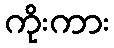
ကိုးကား